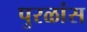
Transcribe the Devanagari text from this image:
पुरळांस